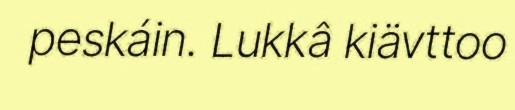
peskáin. Lukkâ kiävttoo